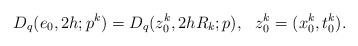
\begin{align*}D_{q}(e_0,2h;p^k)= D_{q}(z_{0}^k, 2hR_{k};p),\,\,\,\, z_{0}^{k}=(x_{0}^{k},t_{0}^{k}).\end{align*}